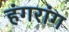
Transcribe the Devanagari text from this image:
हंगरांग